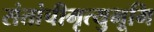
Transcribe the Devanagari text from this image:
संतांचीमृत्युभूमि